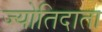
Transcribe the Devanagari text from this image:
ज्योतिदाता